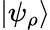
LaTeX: |\psi_{\rho}\rangle